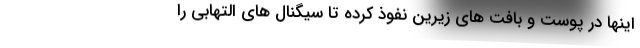
اینها در پوست و بافت های زیرین نفوذ کرده تا سیگنال های التهابی را